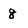
Character: 8